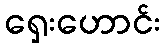
ရှေးဟောင်း